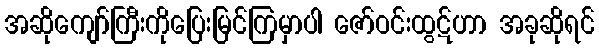
အဆိုကျော်ကြီးကိုပြေးမြင်ကြမှာပါ ဇော်ဝင်းထွဋ်ဟာ အခုဆိုရင်